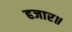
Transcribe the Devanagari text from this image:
हजार॥